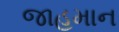
જાહમાન